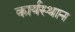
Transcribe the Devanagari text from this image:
कार्यस्‍थान